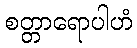
စတ္တာရောပါဟံ